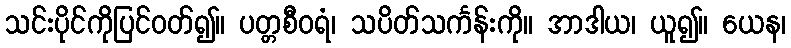
သင်းပိုင်ကိုပြင်ဝတ်၍။ ပတ္တစီဝရံ၊ သပိတ်သင်္ကန်းကို။ အာဒါယ၊ ယူ၍။ ယေန၊